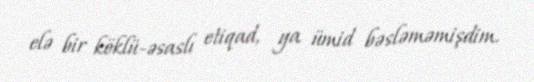
elə bir köklü-əsaslı etiqad, ya ümid bəsləməmişdim.